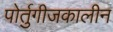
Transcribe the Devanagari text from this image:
पोर्तुगीजकालीन